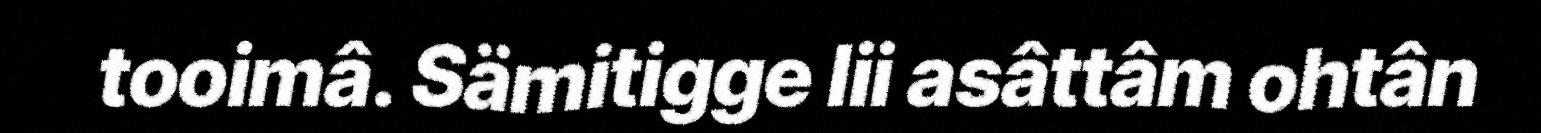
tooimâ. Sämitigge lii asâttâm ohtân